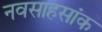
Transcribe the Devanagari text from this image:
नवसाहसांक